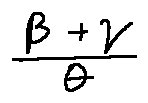
\frac { \beta + \gamma } { \theta }